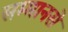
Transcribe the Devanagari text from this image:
सम्मानसे